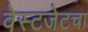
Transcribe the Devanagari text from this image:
वेस्टजेटचा